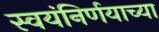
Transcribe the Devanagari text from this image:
स्वयंनिर्णयाच्या